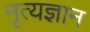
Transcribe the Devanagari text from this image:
नृत्यज्ञान